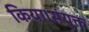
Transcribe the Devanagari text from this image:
किया।संयुक्त